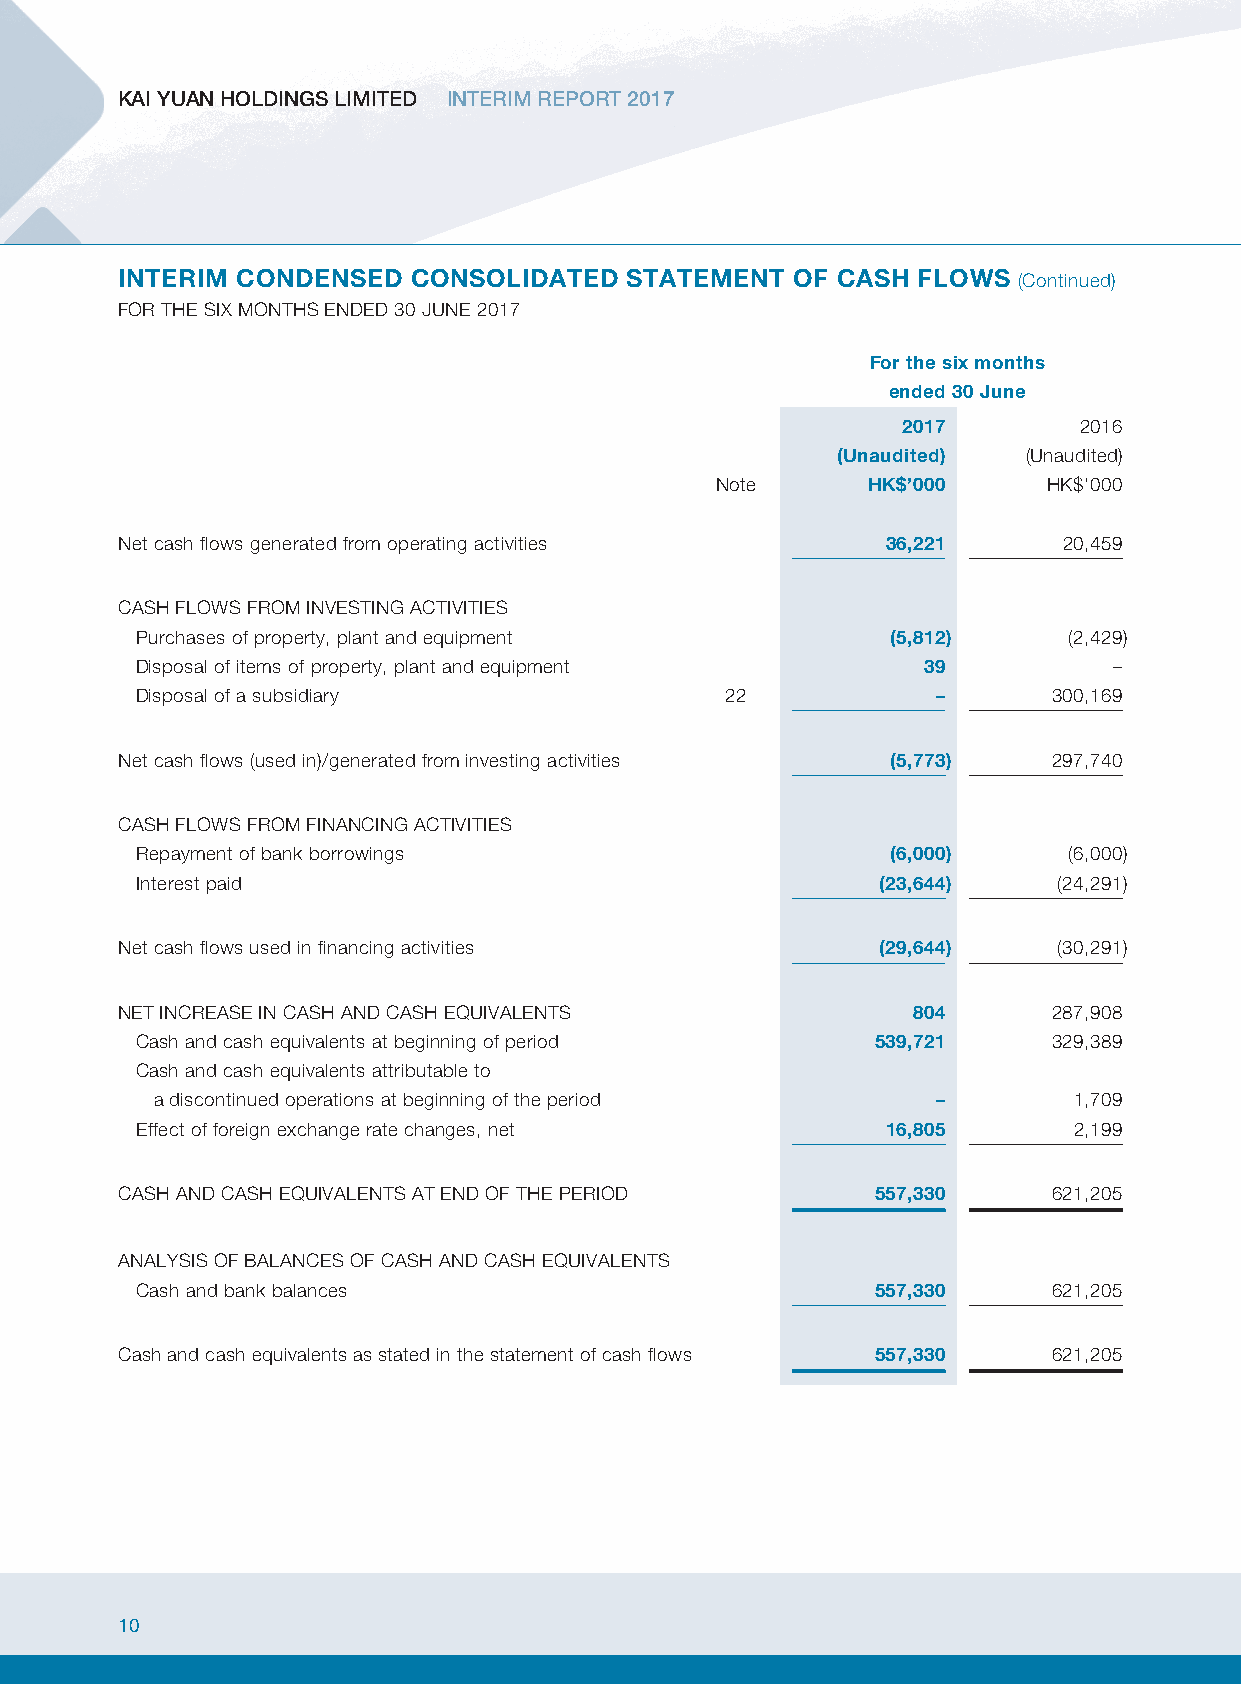
KAI YUAN HOLDINGS LIMITED INTERIM REPORT 2017
 INTERIM CONDENSED  CONSOLIDATED   STATEMENT  OF CASH FLOWS (Continued)
 FOR THE SIX MONTHS ENDED 30 JUNE 2017
 For the six months
 ended 30 June
 2017       2016
 (Unaudited)  (Unaudited)
 Note      HK$’000     HK$’000
 Net cash flows generated from operating activities 36,221     20,459
 CASH FLOWS FROM INVESTING ACTIVITIES
 Purchases of property, plant and equipment        (5,812)     (2,429)
 Disposal of items of property, plant and equipment  39           –
 Disposal of a subsidiary               22            –       300,169
 Net cash flows (used in)/generated from investing activities (5,773) 297,740
 CASH FLOWS FROM FINANCING ACTIVITIES
 Repayment of bank borrowings                      (6,000)     (6,000)
 Interest paid                                    (23,644)    (24,291)
 Net cash flows used in financing activities       (29,644)    (30,291)
 NET INCREASE IN CASH AND CASH EQUIVALENTS           804       287,908
 Cash and cash equivalents at beginning of period 539,721     329,389
 Cash and cash equivalents attributable to
 a discontinued operations at beginning of the period –       1,709
 Effect of foreign exchange rate changes, net      16,805      2,199
 CASH AND CASH EQUIVALENTS AT END OF THE PERIOD    557,330     621,205
 ANALYSIS OF BALANCES OF CASH AND CASH EQUIVALENTS
 Cash and bank balances                           557,330     621,205
 Cash and cash equivalents as stated in the statement of cash flows 557,330 621,205
 10